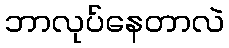
ဘာလုပ်နေတာလဲ